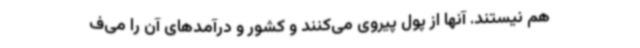
هم نیستند. آنها از پول پیروی می‌کنند و کشور و درآمدهای آن را می‌ف